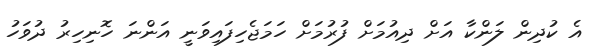
އެ ކުދިން ލަންކާ އަށް ދިއުމަށް ފުރުމަށް ހަމަޖެހިފައިވަނީ އަންނަ ހޮނިހިރު ދުވަހު